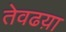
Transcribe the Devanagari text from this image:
तेवढय़ा